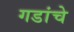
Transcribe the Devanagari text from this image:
गडांचे